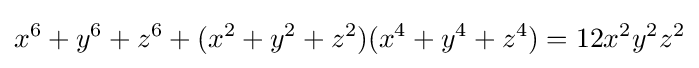
x^{6}+y^{6}+z^{6}+(x^{2}+y^{2}+z^{2})(x^{4}+y^{4}+z^{4})=12x^{2}y^{2}z^{2}